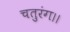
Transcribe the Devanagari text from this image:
चतुरंग।।